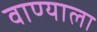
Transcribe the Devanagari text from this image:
वाण्याला